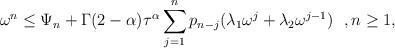
LaTeX: \begin{align*}\omega^n\leq \Psi_n+\Gamma(2-\alpha)\tau^{\alpha}\sum_{j=1}^{n}p_{n-j}(\lambda_1\omega^j+\lambda_2\omega^{j-1})~~,n\geq1,\end{align*}